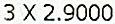
3 X 2.9000